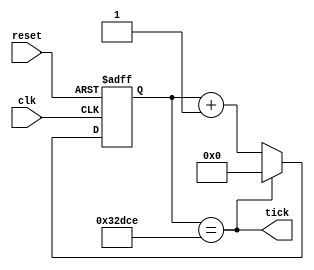
`timescale 1ns / 1ps
//////////////////////////////////////////////////////////////////////////////////
// This document contains information prorietary to the CSULB student that created
// the file -  any reuse without adequate approval and documentation is prohibited
//
// Project: Lab 1
// Created by <Zachery Takkesh> on <September 23, 2019>
// Copright @ 2019 <Zachery Takkesh>. All rights reserved
//
// Purpose: The ticker intakes in the default clock frequency and generate a 
// 480 Hz clock  
// 
// In submitting this file for class work at CSULB
// I am confirming that this is my work and the work of no one else. 
// 
// In submitting this code I acknowledge that plagiarism in student project
// work is subject to dismissal from the class. 
////////////////////////////////////////////////////////////////////////////////
module pix_ticker(clk, reset, tick);

	// Input declarations
	input clk, reset;
	
	// Output declarations
	output wire tick;
	
	// Reg to hold values for count and D
	reg [17:0] count, D;
	
	// Tick goes high if count counts up to 208_334 in decimal
	assign tick = count == 18'd208334;
	
	// If tick goes high, reset D. If tick is not yet high,
	// continue to increment D
	always @(*)
		if (tick) 
			D = 18'b0;
		else 
			D = count + 18'b1;
	
	// If reset goes high, count goes 0. Else count gets D for 
	// increment
	always @ ( posedge clk, posedge reset)
		if (reset)
			count <= 18'b0;
		else
			count <= D;

endmodule